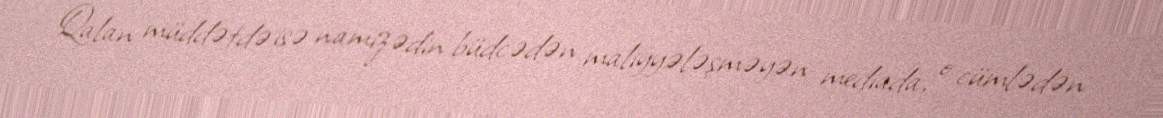
Qalan müddətdə isə namizədin büdcədən maliyyələşməyən mediada, o cümlədən